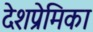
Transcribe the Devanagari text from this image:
देशप्रेमिका